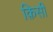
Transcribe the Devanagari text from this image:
क़िसी